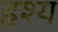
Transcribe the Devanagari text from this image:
हृश्य